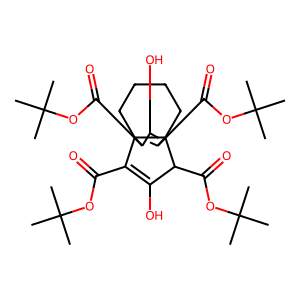
SMILES: CC(C)(C)OC(=O)C1=C(O)C(C(=O)OC(C)(C)C)C23CCCCC12C(C(=O)OC(C)(C)C)C(O)=C3C(=O)OC(C)(C)C
Inhibits HIV replication: No